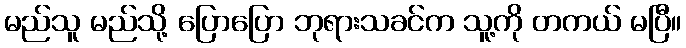
မည်သူ မည်သို့ ပြောပြော ဘုရားသခင်က သူ့ကို တကယ် မပြီ။